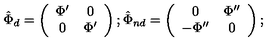
\hat { \Phi } _ { d } = \left( \begin{array} { c c c } { \Phi ^ { \prime } } & { 0 } \\ { 0 } & { \Phi ^ { \prime } } \\ \end{array} \right) ; \hat { \Phi } _ { n d } = \left( \begin{array} { c c c } { 0 } & { \Phi ^ { \prime \prime } } \\ { - \Phi ^ { \prime \prime } } & { 0 } \\ \end{array} \right) ;